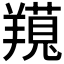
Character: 𦏊